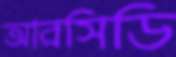
আরসিডি